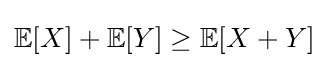
\mathbb {E} [X]+\mathbb {E} [Y]\geq \mathbb {E} [X+Y]